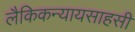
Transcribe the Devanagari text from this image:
लैकिकन्यायसाहसी